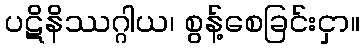
ပဋိနိဿဂ္ဂါယ၊ စွန့်စေခြင်းငှာ။